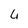
Character: 4